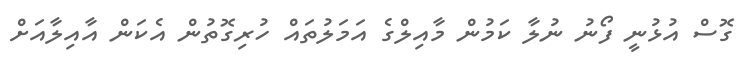
ގޮސް އުޅުނީ ފޯނު ނުލާ ކަމުން މާއިލްގެ އަމަލުތައް ހުރިގޮތުން އެކަން އާއިލާއަށް